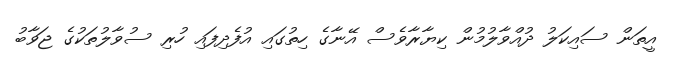
އީތަން ސައިކަލު ދުއްވާލުމުން ކިޔާރާވެސް އޭނާގެ ހިތުގައި އުފެދިފައި ހުރި ސުވާލުތަކުގެ ޖަވާބު